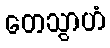
တေသွာဟံ